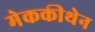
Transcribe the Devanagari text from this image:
मेककीथेन